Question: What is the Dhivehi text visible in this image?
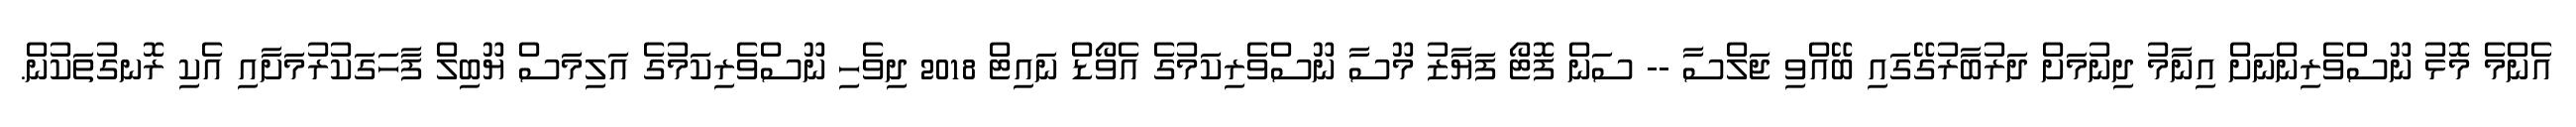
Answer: އެންމެ މޮޅު ނޫސްވެރިންނަށް އިނާމު ދިނުމަށް ދަރުބާރުގޭގައި ބޭއްވި ޖަލްސާ -- ސަން ފޮޓޯ ފަޔާޒު މޫސާ ނޫސްވެރިކަމުގެ އެވޯޑް ނައިޓް 2018 ދިވެހި ނޫސްވެރިކަމުގެ އަލިމަސް ޔޫބިލް ފާހަގަކުރުމަށާއި އެކި ރޮނގުތަކުން.